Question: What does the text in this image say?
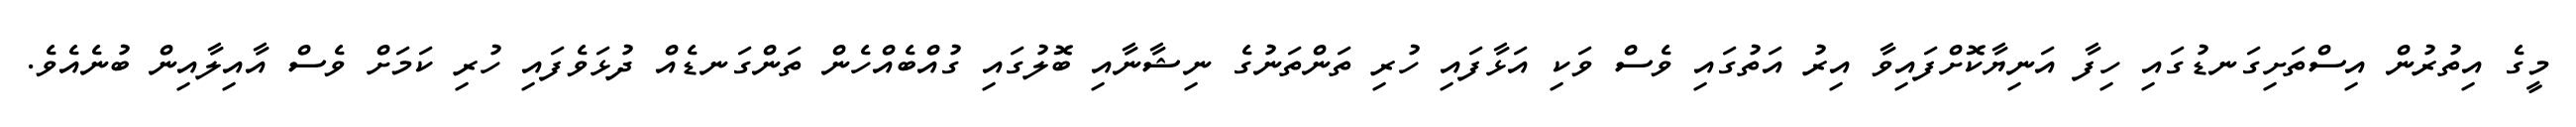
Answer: މީގެ އިތުރުން އިސްތަށިގަނޑުގައި ހިފާ އަނިޔާކޮށްފައިވާ އިރު އަތުގައި ވެސް ވަކި އަޅާފައި ހުރި ތަންތަނުގެ ނިޝާނާއި ބޮލުގައި ގުއްބެއްހެން ތަންގަނޑެއް ދުޅަވެފައި ހުރި ކަމަށް ވެސް އާއިލާއިން ބުނެއެވެ.